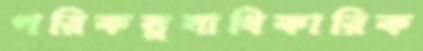
পরিকল্পনাধিকারিক